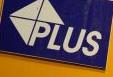
plus